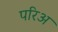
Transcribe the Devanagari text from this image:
परिअ